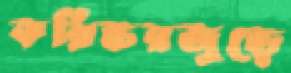
করিডরজুড়ে